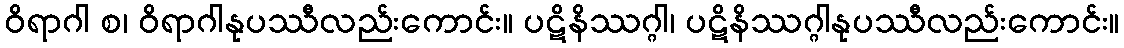
ဝိရာဂါ စ၊ ဝိရာဂါနုပဿီလည်းကောင်း။ ပဋိနိဿဂ္ဂါ၊ ပဋိနိဿဂ္ဂါနုပဿီလည်းကောင်း။